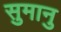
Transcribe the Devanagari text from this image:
सुमानु